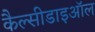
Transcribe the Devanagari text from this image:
कैल्सीडाइऑल